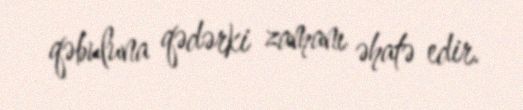
qəbuluna qədərki zamanı əhatə edir.